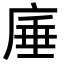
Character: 𭙣